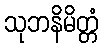
သုဘနိမိတ္တံ